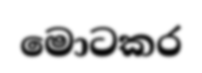
මොටකර